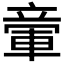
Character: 𥪠